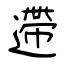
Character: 遰